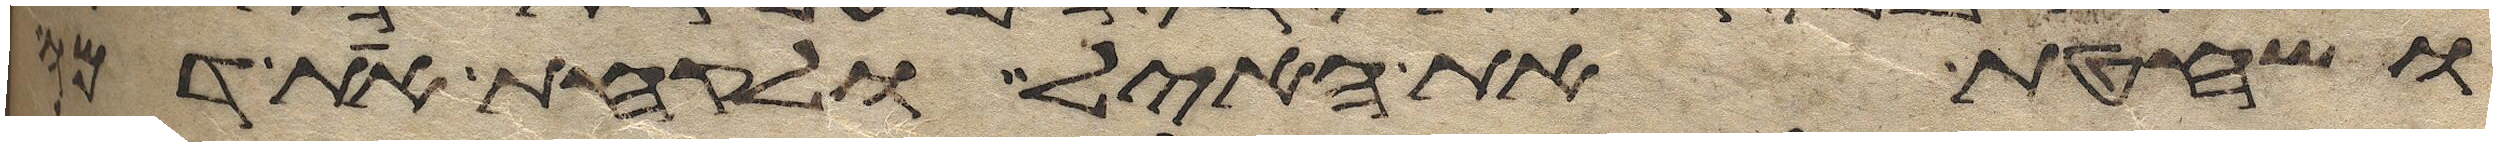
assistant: ושחטת את האיל ולקחת את דמו